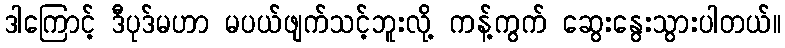
ဒါကြောင့် ဒီပုဒ်မဟာ မပယ်ဖျက်သင့်ဘူးလို့ ကန့်ကွက် ဆွေးနွေးသွားပါတယ်။